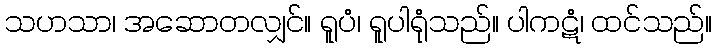
သဟသာ၊ အဆောတလျှင်။ ရူပံ၊ ရူပါရုံသည်။ ပါကဋံ၊ ထင်သည်။